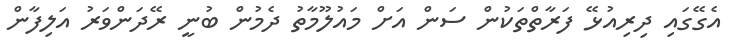
އެގޭގައި ދިރިއުޅޭ ފަރާތްތަކުން ސަން އަށް މައުލޫމާތު ދެމުން ބުނީ ރޭދަންވަރު އަލިފާން